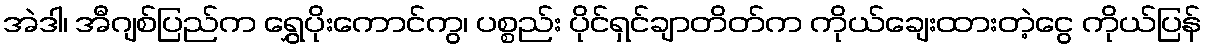
အဲဒါ၊ အီဂျစ်ပြည်က ရွှေပိုးကောင်ကွ၊ ပစ္စည်း ပိုင်ရှင်ချာတိတ်က ကိုယ်ချေးထားတဲ့ငွေ ကိုယ်ပြန်